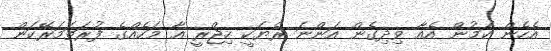
އެހެން ކަމުން އެއާ ވިދިގެން އަންނަ ރެޔަކީ ހިޖްރީ އާ މަހެއްގެ ފުރަތަމަރޭކަން